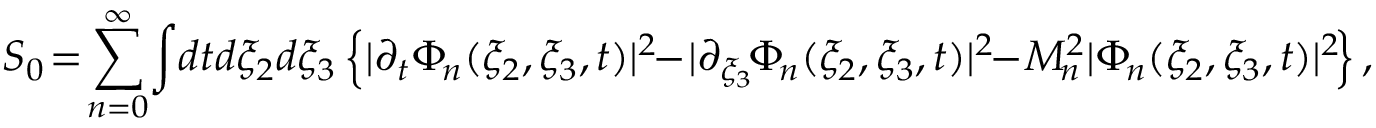
S _ { 0 } \! = \! \sum _ { n = 0 } ^ { \infty } \! \int \! d t d \xi _ { 2 } d \xi _ { 3 } \left\{ | \partial _ { t } \Phi _ { \! n } ( \xi _ { 2 } , \xi _ { 3 } , t ) | ^ { 2 } \! \! - \! | \partial _ { \xi _ { 3 } } \! \Phi _ { \! n } ( \xi _ { 2 } , \xi _ { 3 } , t ) | ^ { 2 } \! \! - \! M _ { \! n } ^ { 2 } | \Phi _ { \! n } ( \xi _ { 2 } , \xi _ { 3 } , t ) | ^ { 2 } \! \right\} ,